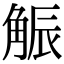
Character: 𧣨